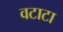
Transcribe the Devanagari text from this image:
वटाटा